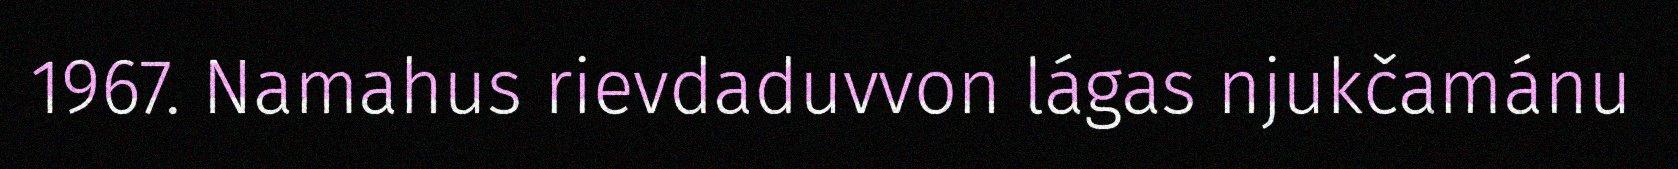
1967. Namahus rievdaduvvon lágas njukčamánu